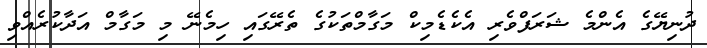
ދުނިޔޭގެ އެންމެ ޝަރަފްވެރި އެކެޑެމިކް މަގާމްތަކުގެ ތެރޭގައި ހިމެނޭ މި މަގާމް އަދާކުރެއްވި